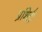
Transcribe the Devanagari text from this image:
प्रशिद्धी